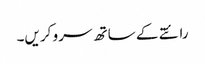
رائتے کے ساتھ سرو کریں۔